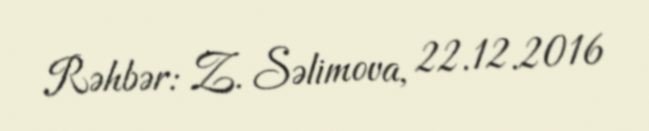
Rəhbər: Z. Səlimova, 22.12.2016